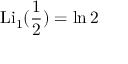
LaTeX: \operatorname { L i } _ { 1 } ( { \frac { 1 } { 2 } } ) = \ln 2